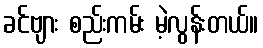
ခင်ဗျား စည်းကမ်း မဲ့လွန်းတယ်။